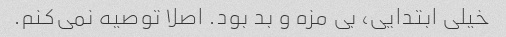
خیلی ابتدایی، بی مزه و بد بود. اصلا توصیه نمی‌کنم.